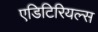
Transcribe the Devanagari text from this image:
एडिटिरियल्स